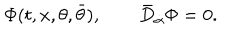
\Phi ( t , x , \theta , \bar { \theta } ) , \qquad \bar { D } _ { \dot { \alpha } } \Phi = 0 .